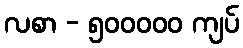
လစာ - ၅၀၀၀၀၀ ကျပ်